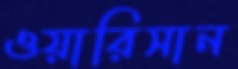
ওয়ারিসান